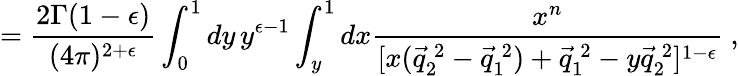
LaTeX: =\frac{2\Gamma(1-\epsilon)}{(4\pi)^{2+\epsilon}}\int_{0}^{1}dy\, y^{\epsilon-1}\int_{y}^{1}dx\frac{x^{n}}{[x(\vec{q}_{2}^{\: 2}-\vec{q}_{1}^{\: 2})+\vec{q}_{1}^{\: 2}-y\vec{q}_{2}^{\: 2}]^{1-\epsilon}}~,